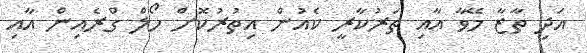
އަދި ތާޒާ މޭވާ އާއި ތަރުކާރީ ކެއުން އިތުރުކޮށް ހޯލް ގްރެއިން އާއި